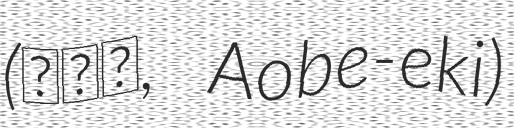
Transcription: (青部駅, Aobe-eki)